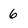
Character: 6